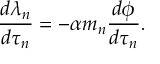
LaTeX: \frac { d \lambda _ { n } } { d \tau _ { n } } = - \alpha m _ { n } \frac { d \phi } { d \tau _ { n } } .